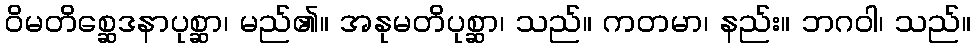
ဝိမတိစ္ဆေဒနာပုစ္ဆာ၊ မည်၏။ အနုမတိပုစ္ဆာ၊ သည်။ ကတမာ၊ နည်း။ ဘဂဝါ၊ သည်။